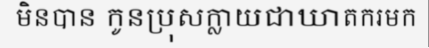
មិនបាន កូនប្រុសក្លាយជាឃាតករមក